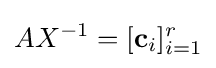
AX^{-1}=[\mathbf {c} _{i}]_{i=1}^{r}